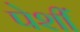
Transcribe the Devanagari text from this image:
पेशीं